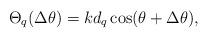
LaTeX: \begin{align*}\Theta _{q}(\Delta \theta )=kd_{q}\cos (\theta +\Delta \theta) ,\end{align*}